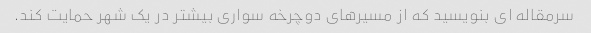
سرمقاله ای بنویسید که از مسیرهای دوچرخه سواری بیشتر در یک شهر حمایت کند.